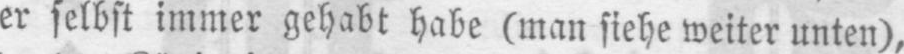
er selbst immer gehabt habe (man siehe weiter unten),